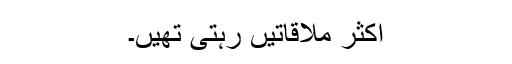
اکثر ملاقاتیں رہتی تھیں۔